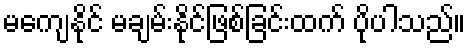
မကျေနိုင် မချမ်းနိုင်ဖြစ်ခြင်းထက် ပိုပါသည်။